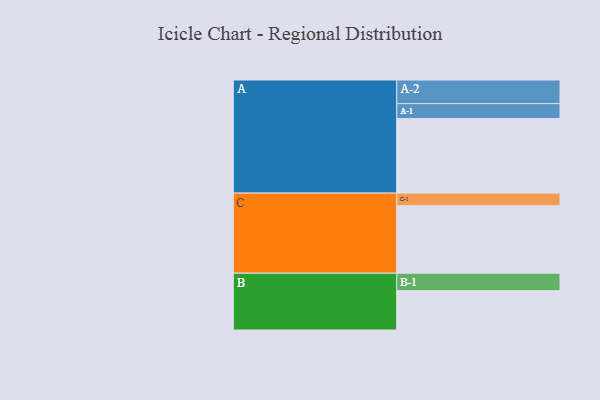
{"axis": {"x": "Segment", "y": "Value"}, "legend": ["", "A", "B", "C"], "data": [{"x": "A", "y": 593, "type": ""}, {"x": "B", "y": 313, "type": ""}, {"x": "C", "y": 537, "type": ""}, {"x": "A-1", "y": 119, "type": "A"}, {"x": "A-2", "y": 188, "type": "A"}, {"x": "B-1", "y": 139, "type": "B"}, {"x": "C-1", "y": 100, "type": "C"}]}